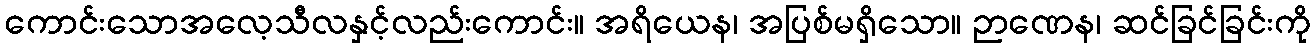
ကောင်းသောအလေ့သီလနှင့်လည်းကောင်း။ အရိယေန၊ အပြစ်မရှိသော။ ဉာဏေန၊ ဆင်ခြင်ခြင်းကို